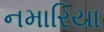
નમારિયા